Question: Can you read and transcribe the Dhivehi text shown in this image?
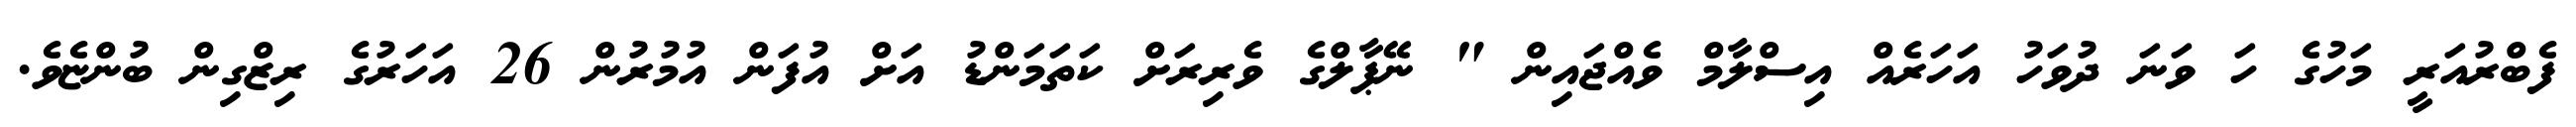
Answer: ފެބްރުއަރީ މަހުގެ ހަ ވަނަ ދުވަހު އަހަރެއް އިސްލާމް ވެއްޖައިން " ނޭޕާލްގެ ވެރިރަށް ކަތަމަންޑު އަށް އުފަން އުމުރުން 26 އަހަރުގެ ރިޒްގިން ބުންޏެވެ.